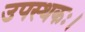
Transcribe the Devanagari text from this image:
उपस्थकः।